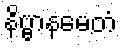
နိဗ္ဗာနမေတံ